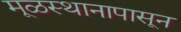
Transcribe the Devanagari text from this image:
मूळस्थानापासून